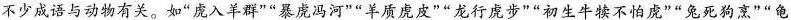
不少成语与动物有关。如”成入羊群””暴庞冯河””羊质虎皮””龙行虎步””初生牛犊不怕成””兔死狗烹””龟